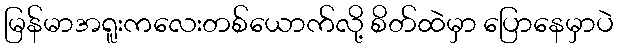
မြန်မာအရူးကလေးတစ်ယောက်လို့ စိတ်ထဲမှာ ပြောနေမှာပဲ